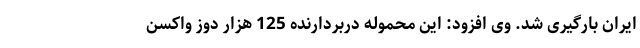
ایران بارگیری شد. وی افزود: این محموله دربردارنده 125 هزار دوز واکسن